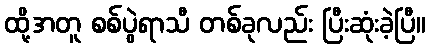
ထို့အတူ စစ်ပွဲရာသီ တစ်ခုလည်း ပြီးဆုံးခဲ့ပြီ။